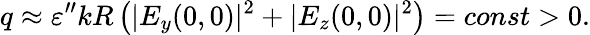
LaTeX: q\approx\varepsilon^{\prime\prime}kR\left(|E_{y}(0,0)|^{2}+|E_{z}(0,0)|^{2}\right)=const>0.